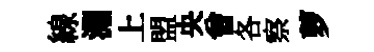
線淵上盟央曾各察萝